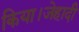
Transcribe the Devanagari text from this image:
किया।जेहादी